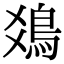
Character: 𩾾